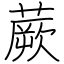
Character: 蕨